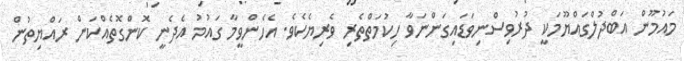
މައުމޫން އަބްދުލްގައްޔޫމަކީ ދުރުވިސްނިވަޑައިގަންނަވާ ހިކުމަތްތެރި ވެރިޔެކެވެ. އެހެންވީމާ ގައުމު އެދެނީ ކޮންގޮތެއްކަން ރައްޔިތުން